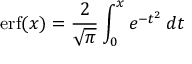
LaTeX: \operatorname { e r f } ( x ) = { \frac { 2 } { \sqrt { \pi } } } \int _ { 0 } ^ { x } e ^ { - t ^ { 2 } } \, d t